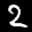
Label: 2